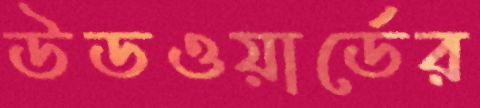
উডওয়ার্ডের